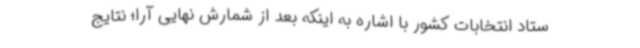
ستاد انتخابات کشور با اشاره به اینکه بعد از شمارش نهایی آرا؛ نتایج